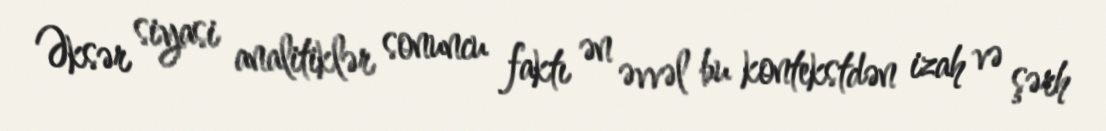
Əksər siyasi analitiklər sonuncu faktı ən əvvəl bu kontekstdən izah və şərh